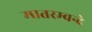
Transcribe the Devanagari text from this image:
मातरम्वन्दे